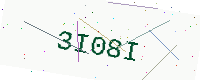
Text: 3I08I